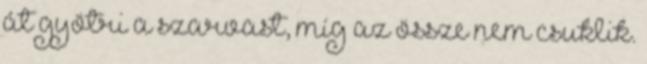
át gyötri a szarvast, míg az össze nem csuklik.